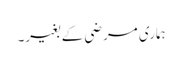
ہماری مرضی کے بغیر۔